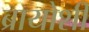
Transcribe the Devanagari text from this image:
ब्रायोशी